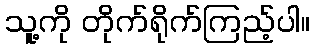
သူ့ကို တိုက်ရိုက်ကြည့်ပါ။